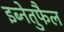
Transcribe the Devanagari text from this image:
इब्नेतुफैल